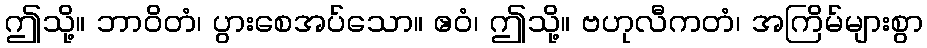
ဤသို့။ ဘာဝိတံ၊ ပွားစေအပ်သော။ ဧဝံ၊ ဤသို့။ ဗဟုလီကတံ၊ အကြိမ်များစွာ